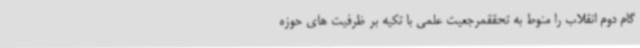
گام دوم انقلاب را منوط به تحققمرجعیت علمی با تکیه‌ بر ظرفیت های حوزه